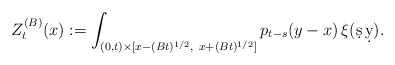
\begin{align*}Z^{(B)}_t(x) := \int_{(0,t)\times[x-(Bt)^{1/2},\ x+(Bt)^{1/2}]} p_{t-s}(y-x)\,\xi(\d s\,\d y).\end{align*}